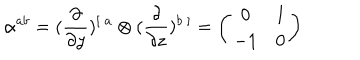
LaTeX: \alpha ^ { a b } = ( { \frac { \partial } { \partial y } } ) ^ { [ \ a } \otimes ( { \frac { \partial } { \partial z } } ) ^ { b \ ] } = \left( \begin{array} { c c } { { 0 } } & { { 1 } } \\ { { - 1 } } & { { 0 } } \\ \end{array} \right)